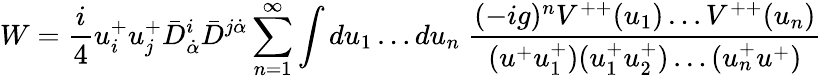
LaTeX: W={\frac{i}{4}}u_{i}^{+}u_{j}^{+}\bar{D}_{\dot{\alpha}}^{i}\bar{D}^{j\dot{\alpha}}\sum_{n=1}^{\infty}\int du_{1}\ldots du_{n}\; {\frac{(-ig)^{n}V^{++}(u_{1})\ldots V^{++}(u_{n})}{(u^{+}u_{1}^{+})(u_{1}^{+}u_{2}^{+})\ldots(u_{n}^{+}u^{+})}}